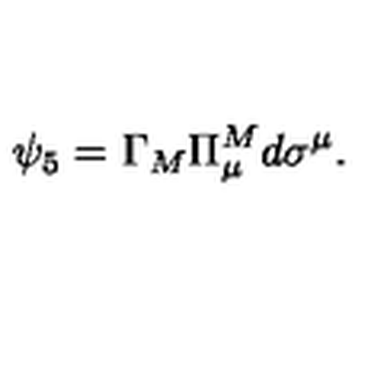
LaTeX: \psi _ { 5 } = \Gamma _ { M } \Pi _ { \mu } ^ { M } d \sigma ^ { \mu } .